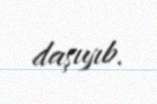
daşıyıb.